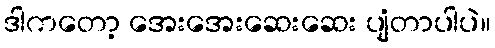
ဒါကတော့ အေးအေးဆေးဆေး ပျံတာပါပဲ။